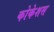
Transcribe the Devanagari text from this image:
कोकेशस